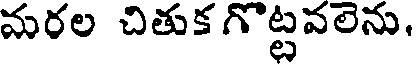
మరల చితుక గొట్టవలెను.